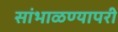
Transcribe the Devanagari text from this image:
सांभाळण्यापरी